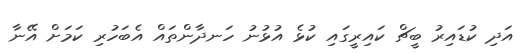
އަދި ކުޑައިރު ބީޗް ކައިރީގައި ކުޅެ އުޅުނު ހަނދާންތައް އެބަހުރި ކަމަށް އޭނާ